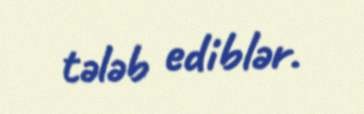
tələb ediblər.